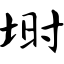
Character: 埘